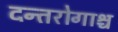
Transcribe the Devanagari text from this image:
दन्तरोगाश्च